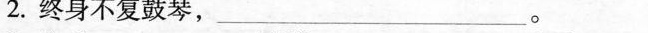
2.终身不复鼓琴，___。